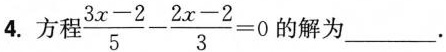
4.方程 $$\frac{3x-2}{5}- \frac{2x-2}{3}=0$$ 的解为___.